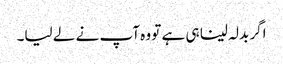
اگر بدلہ لینا ہی ہے تو وہ آپ نے لے لیا۔